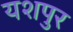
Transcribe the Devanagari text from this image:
यशपुर